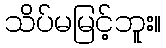
သိပ်မမြင့်ဘူး။